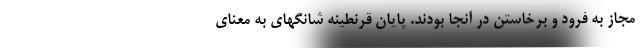
مجاز به فرود و برخاستن در آنجا بودند. پایان قرنطینه شانگهای به معنای